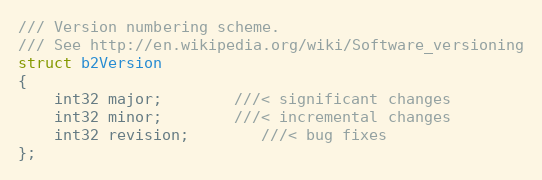
Language: C
/// Version numbering scheme.
/// See http://en.wikipedia.org/wiki/Software_versioning
struct b2Version
{
	int32 major;		///< significant changes
	int32 minor;		///< incremental changes
	int32 revision;		///< bug fixes
};